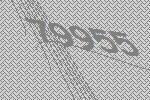
79955